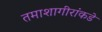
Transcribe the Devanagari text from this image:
तमाशागीरांकडे